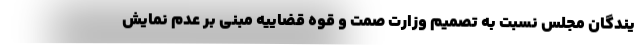
یندگان مجلس نسبت به تصمیم وزارت صمت و قوه قضاییه مبنی بر عدم نمایش